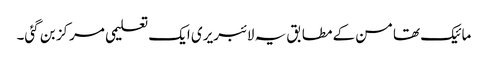
مائیک تھامسن کے مطابق یہ لائبریری ایک تعلیمی مرکز بن گئی۔